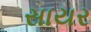
સાયર